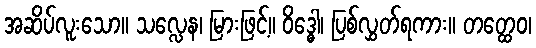
အဆိပ်လူးသော။ သလ္လေန၊ မြားဖြင့်။ ဝိဒ္ဓေါ၊ ပြစ်လွှတ်ရကား။ တတ္ထေဝ၊